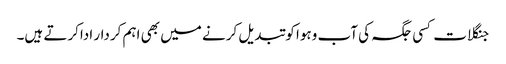
جنگلات کسی جگہ کی آب وہوا کو تبدیل کرنے میں بھی اہم کردار اداکرتے ہیں۔